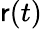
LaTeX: \mathsf{r}(t)